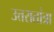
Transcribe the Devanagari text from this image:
उत्तरातांत्रा